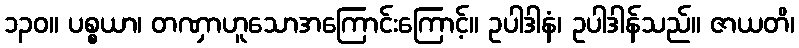
၁၃၀။ ပစ္စယာ၊ တဏှာဟူသောအကြောင်းကြောင့်။ ဥပါဒါနံ၊ ဥပါဒါန်သည်။ ဇာယတိ၊